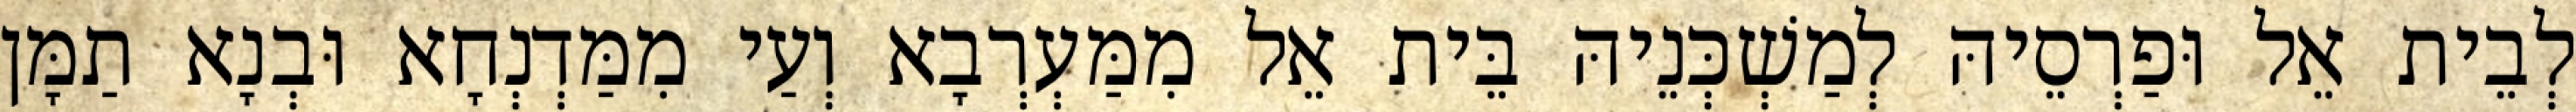
לְבֵית אֵל וּפַרְסֵיהּ לְמַשְׁכְּנֵיהּ בֵּית אֵל מִמַּעְרְבָא וְעַי מִמַּדְנְחָא וּבְנָא תַמָּן